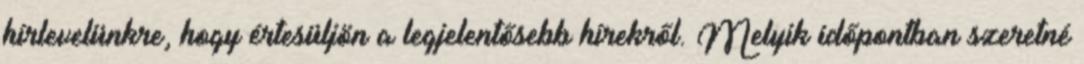
hírlevelünkre, hogy értesüljön a legjelentősebb hírekről. Melyik időpontban szeretné